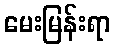
မေးမြန်းရာ